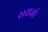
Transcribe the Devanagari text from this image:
सराजो